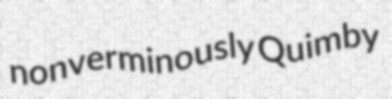
nonverminously Quimby